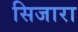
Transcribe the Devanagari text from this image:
सिजारा